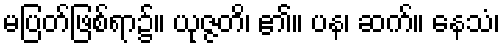
မပြတ်ဖြစ်ရာ၌။ ယုဇ္ဇတိ၊ ၏။ ပန၊ ဆက်။ နေသံ၊